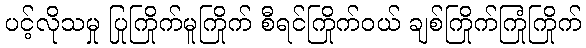
ပင့်လိုသမှု ပြုကြိုက်မူကြိုက် စီရင်ကြိုက်ဝယ် ချစ်ကြိုက်ကြုံကြိုက်